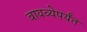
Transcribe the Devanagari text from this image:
वायव्येपर्यंत